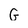
Character: G